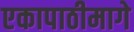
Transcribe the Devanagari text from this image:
एकापाठीमागे